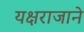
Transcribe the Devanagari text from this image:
यक्षराजाने